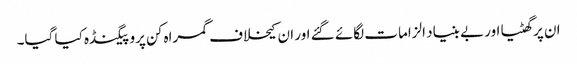
ان پر گھٹیا اور بے بنیاد الزامات لگائے گئے اور ان کیخلاف گمراہ کن پروپیگنڈہ کیا گیا۔